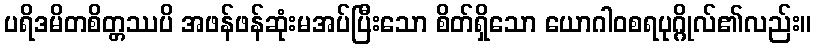
ပရိဒမိတစိတ္တဿပိ အဖန်ဖန်ဆုံးမအပ်ပြီးသော စိတ်ရှိသော ယောဂါဝစရပုဂ္ဂိုလ်၏လည်း။